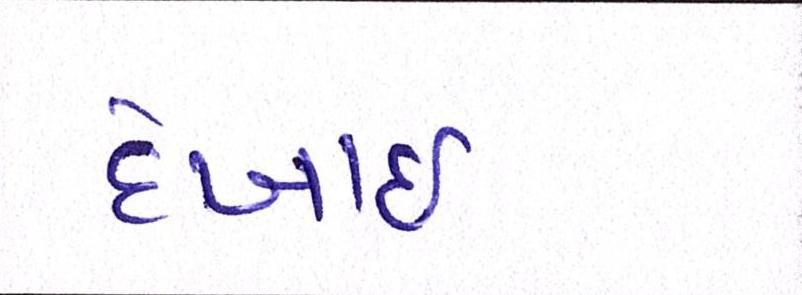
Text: દેખાઈ